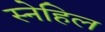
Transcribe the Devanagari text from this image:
स्नेहिल